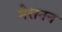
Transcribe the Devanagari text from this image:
मैरानन